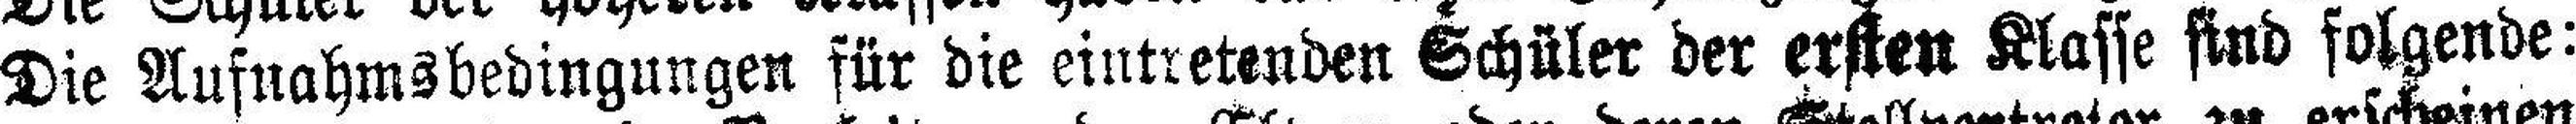
Die Aufnahmsbedingungen für die eintretenden Schüler der ersten Klasse sind folgende: